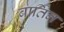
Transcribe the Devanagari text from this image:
बार्तिन